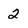
Character: 2